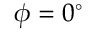
\phi = 0 ^ { \circ }